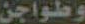
وطواجن